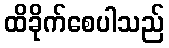
ထိခိုက်စေပါသည်